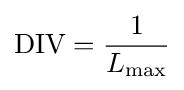
{\text{DIV}}={\frac {1}{L_{\max }}}